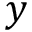
y